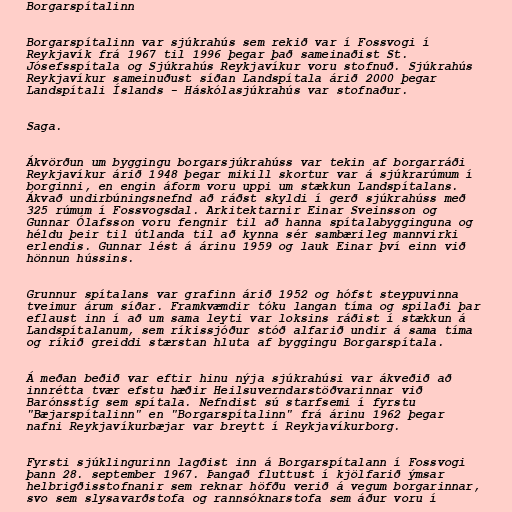
Borgarspítalinn

Borgarspítalinn var sjúkrahús sem rekið var í Fossvogi í
Reykjavík frá 1967 til 1996 þegar það sameinaðist St.
Jósefsspítala og Sjúkrahús Reykjavíkur voru stofnuð. Sjúkrahús
Reykjavíkur sameinuðust síðan Landspítala árið 2000 þegar
Landspítali Íslands - Háskólasjúkrahús var stofnaður.

Saga.

Ákvörðun um byggingu borgarsjúkrahúss var tekin af borgarráði
Reykjavíkur árið 1948 þegar mikill skortur var á sjúkrarúmum í
borginni, en engin áform voru uppi um stækkun Landspítalans.
Ákvað undirbúningsnefnd að ráðst skyldi í gerð sjúkrahúss með
325 rúmum í Fossvogsdal. Arkitektarnir Einar Sveinsson og
Gunnar Ólafsson voru fengnir til að hanna spítalabygginguna og
héldu þeir til útlanda til að kynna sér sambærileg mannvirki
erlendis. Gunnar lést á árinu 1959 og lauk Einar því einn við
hönnun hússins.

Grunnur spítalans var grafinn árið 1952 og hófst steypuvinna
tveimur árum síðar. Framkvæmdir tóku langan tíma og spilaði þar
eflaust inn í að um sama leyti var loksins ráðist í stækkun á
Landspítalanum, sem ríkissjóður stóð alfarið undir á sama tíma
og ríkið greiddi stærstan hluta af byggingu Borgarspítala.

Á meðan beðið var eftir hinu nýja sjúkrahúsi var ákveðið að
innrétta tvær efstu hæðir Heilsuverndarstöðvarinnar við
Barónsstíg sem spítala. Nefndist sú starfsemi í fyrstu
"Bæjarspítalinn" en "Borgarspítalinn" frá árinu 1962 þegar
nafni Reykjavíkurbæjar var breytt í Reykjavíkurborg.

Fyrsti sjúklingurinn lagðist inn á Borgarspítalann í Fossvogi
þann 28. september 1967. Þangað fluttust í kjölfarið ýmsar
helbrigðisstofnanir sem reknar höfðu verið á vegum borgarinnar,
svo sem slysavarðstofa og rannsóknarstofa sem áður voru í